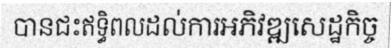
បានជះឥទ្ធិពលដល់ការអភិវឌ្ឍសេដ្ឋកិច្ច